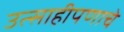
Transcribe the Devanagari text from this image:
उत्साहीपणाचे